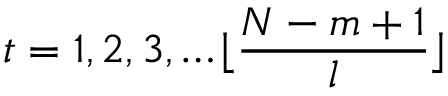
t = 1 , 2 , 3 , \dots \lfloor \frac { N - m + 1 } { l } \rfloor